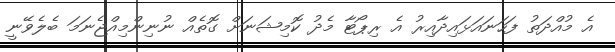
އެ މުއްދަތު ފަހަނައަޅައިދާއިރު އެ ރިޕޯޓާ މެދު ކޮމިޝަނަށް ގޮތެއް ނުނިންމިއްޖެނަމަ ބެލެވޭނީ